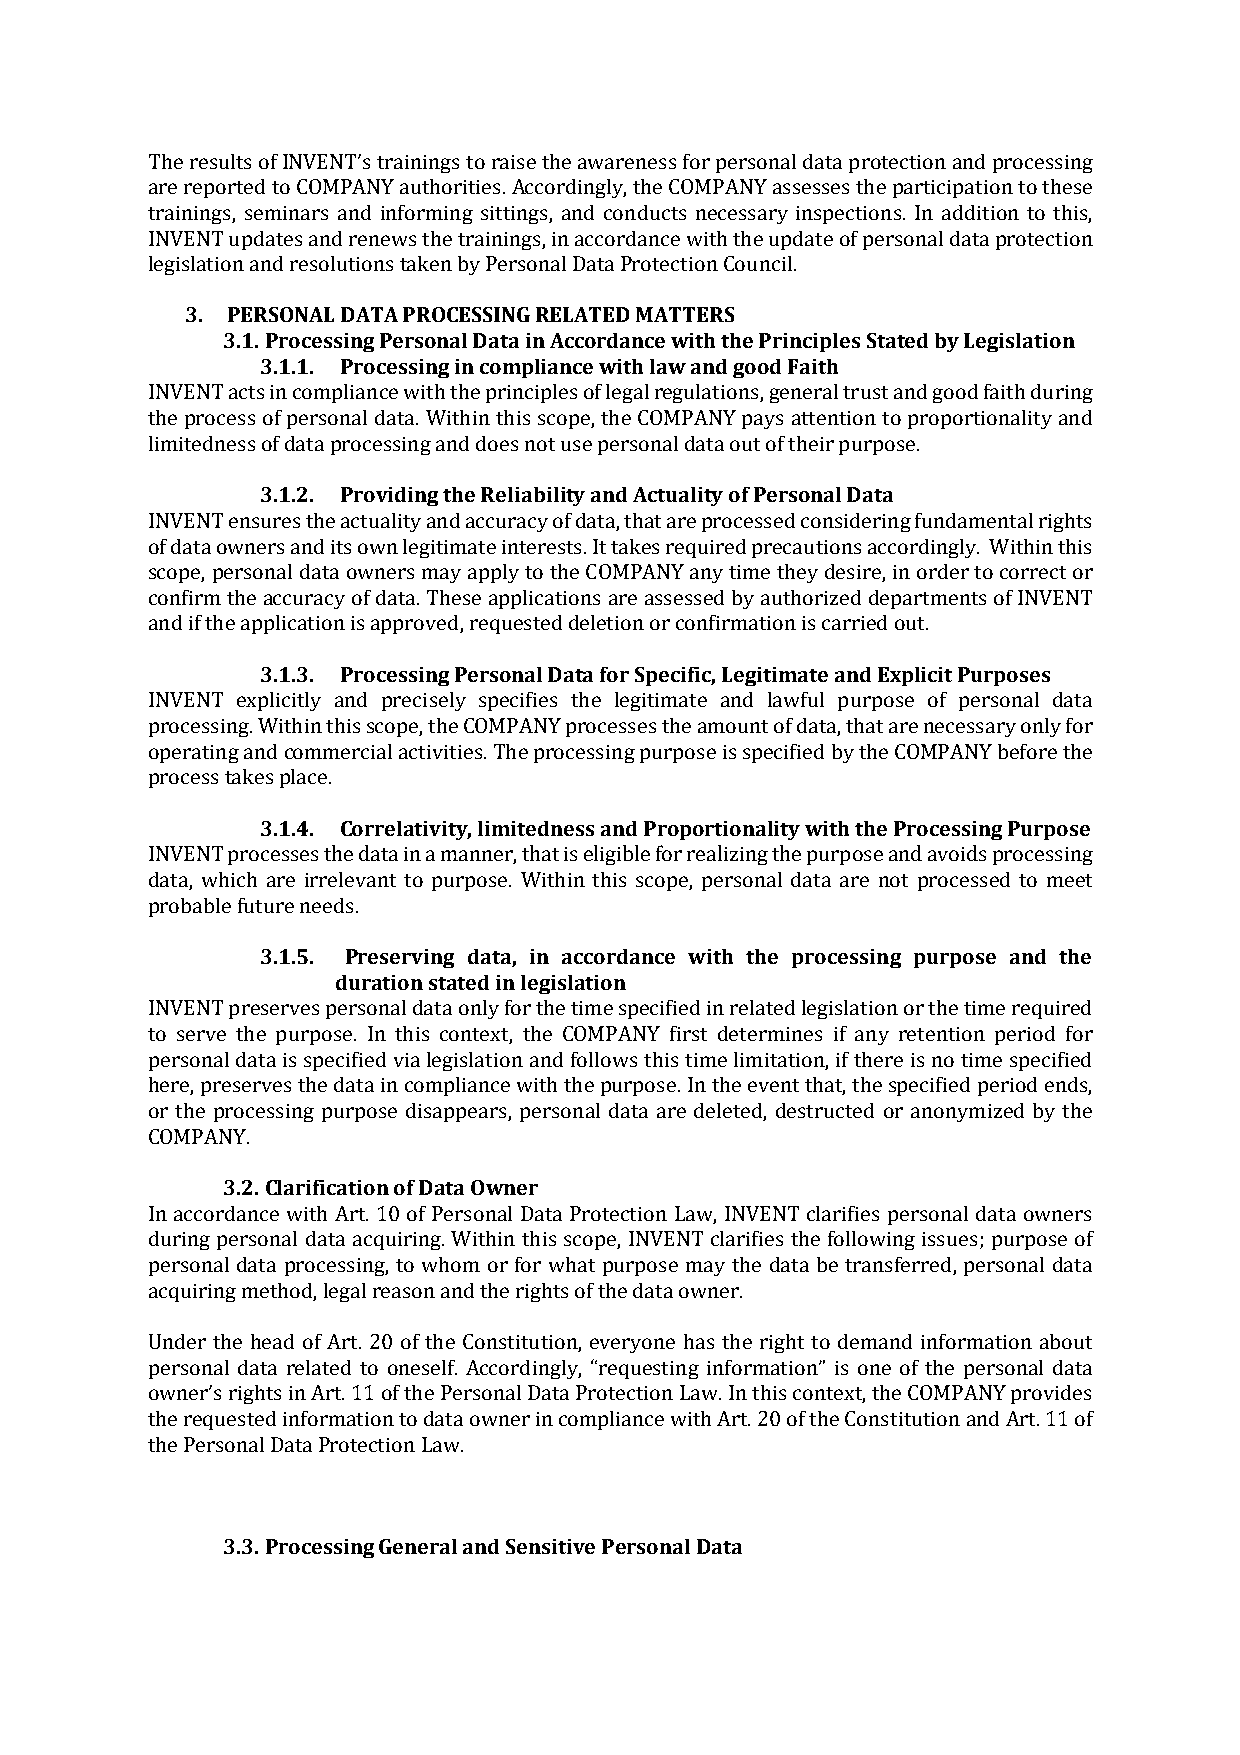
The results of INVENT’s trainings to raise the awareness for personal data protection and processing
 are reported to COMPANY authorities. Accordingly, the COMPANY assesses the participation to these
 trainings, seminars and informing sittings, and conducts necessary inspections. In addition to this,
 INVENT updates and renews the trainings, in accordance with the update of personal data protection
 legislation and resolutions taken by Personal Data Protection Council.
 3. PERSONAL DATA PROCESSING RELATED MATTERS
 3.1. Processing Personal Data in Accordance with the Principles Stated by Legislation
 3.1.1. Processing in compliance with law and good Faith
 INVENT acts in compliance with the principles of legal regulations, general trust and good faith during
 the process of personal data. Within this scope, the COMPANY pays attention to proportionality and
 limitedness of data processing and does not use personal data out of their purpose.
 3.1.2. Providing the Reliability and Actuality of Personal Data
 INVENT ensures the actuality and accuracy of data, that are processed considering fundamental rights
 of data owners and its own legitimate interests. It takes required precautions accordingly. Within this
 scope, personal data owners may apply to the COMPANY any time they desire, in order to correct or
 confirm the accuracy of data. These applications are assessed by authorized departments of INVENT
 and if the application is approved, requested deletion or confirmation is carried out.
 3.1.3. Processing Personal Data for Specific, Legitimate and Explicit Purposes
 INVENT explicitly and precisely specifies the legitimate and lawful purpose of personal data
 processing. Within this scope, the COMPANY processes the amount of data, that are necessary only for
 operating and commercial activities. The processing purpose is specified by the COMPANY before the
 process takes place.
 3.1.4. Correlativity, limitedness and Proportionality with the Processing Purpose
 INVENT processes the data in a manner, that is eligible for realizing the purpose and avoids processing
 data, which are irrelevant to purpose. Within this scope, personal data are not processed to meet
 probable future needs.
 3.1.5. Preserving data, in accordance with the processing purpose and the
 duration stated in legislation
 INVENT preserves personal data only for the time specified in related legislation or the time required
 to serve the purpose. In this context, the COMPANY first determines if any retention period for
 personal data is specified via legislation and follows this time limitation, if there is no time specified
 here, preserves the data in compliance with the purpose. In the event that, the specified period ends,
 or the processing purpose disappears, personal data are deleted, destructed or anonymized by the
 COMPANY.
 3.2. Clarification of Data Owner
 In accordance with Art. 10 of Personal Data Protection Law, INVENT clarifies personal data owners
 during personal data acquiring. Within this scope, INVENT clarifies the following issues; purpose of
 personal data processing, to whom or for what purpose may the data be transferred, personal data
 acquiring method, legal reason and the rights of the data owner.
 Under the head of Art. 20 of the Constitution, everyone has the right to demand information about
 personal data related to oneself. Accordingly, “requesting information” is one of the personal data
 owner’s rights in Art. 11 of the Personal Data Protection Law. In this context, the COMPANY provides
 the requested information to data owner in compliance with Art. 20 of the Constitution and Art. 11 of
 the Personal Data Protection Law.
 3.3. Processing General and Sensitive Personal Data